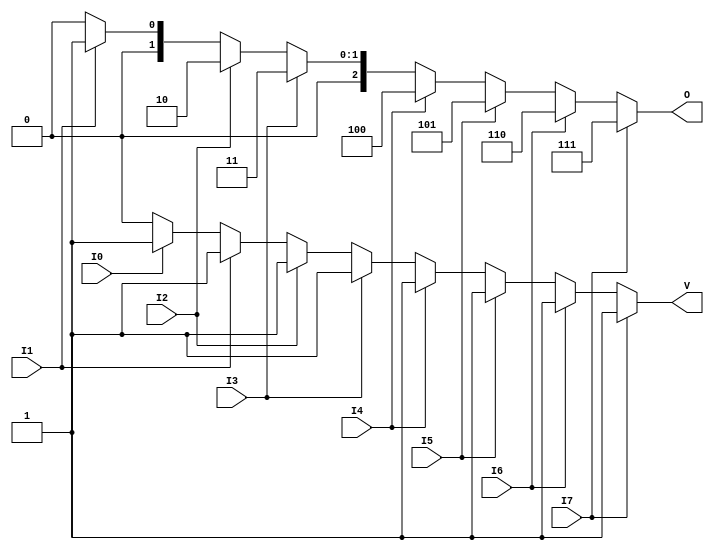
module encoder_8to3 (
    input wire I0, I1, I2, I3, I4, I5, I6, I7, // 8 input lines
    output reg [2:0] O,                       // 3-bit output
    output reg V                              // Valid output
);

always @(*) begin
    // Default values
    O = 3'b000; // Default output
    V = 1'b0;   // Default valid output

    // Check for active inputs from highest to lowest priority
    if (I7) begin
        O = 3'b111; // Output for I7
        V = 1'b1;   // Valid input
    end else if (I6) begin
        O = 3'b110; // Output for I6
        V = 1'b1;   // Valid input
    end else if (I5) begin
        O = 3'b101; // Output for I5
        V = 1'b1;   // Valid input
    end else if (I4) begin
        O = 3'b100; // Output for I4
        V = 1'b1;   // Valid input
    end else if (I3) begin
        O = 3'b011; // Output for I3
        V = 1'b1;   // Valid input
    end else if (I2) begin
        O = 3'b010; // Output for I2
        V = 1'b1;   // Valid input
    end else if (I1) begin
        O = 3'b001; // Output for I1
        V = 1'b1;   // Valid input
    end else if (I0) begin
        O = 3'b000; // Output for I0
        V = 1'b1;   // Valid input
    end
    // If no inputs are active, O remains 000 and V remains 0
end

endmodule